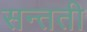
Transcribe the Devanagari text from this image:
सन्तती